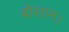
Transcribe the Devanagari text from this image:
बोसान।